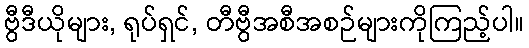
ဗွီဒီယိုများ, ရုပ်ရှင်, တီဗွီအစီအစဉ်များကိုကြည့်ပါ။